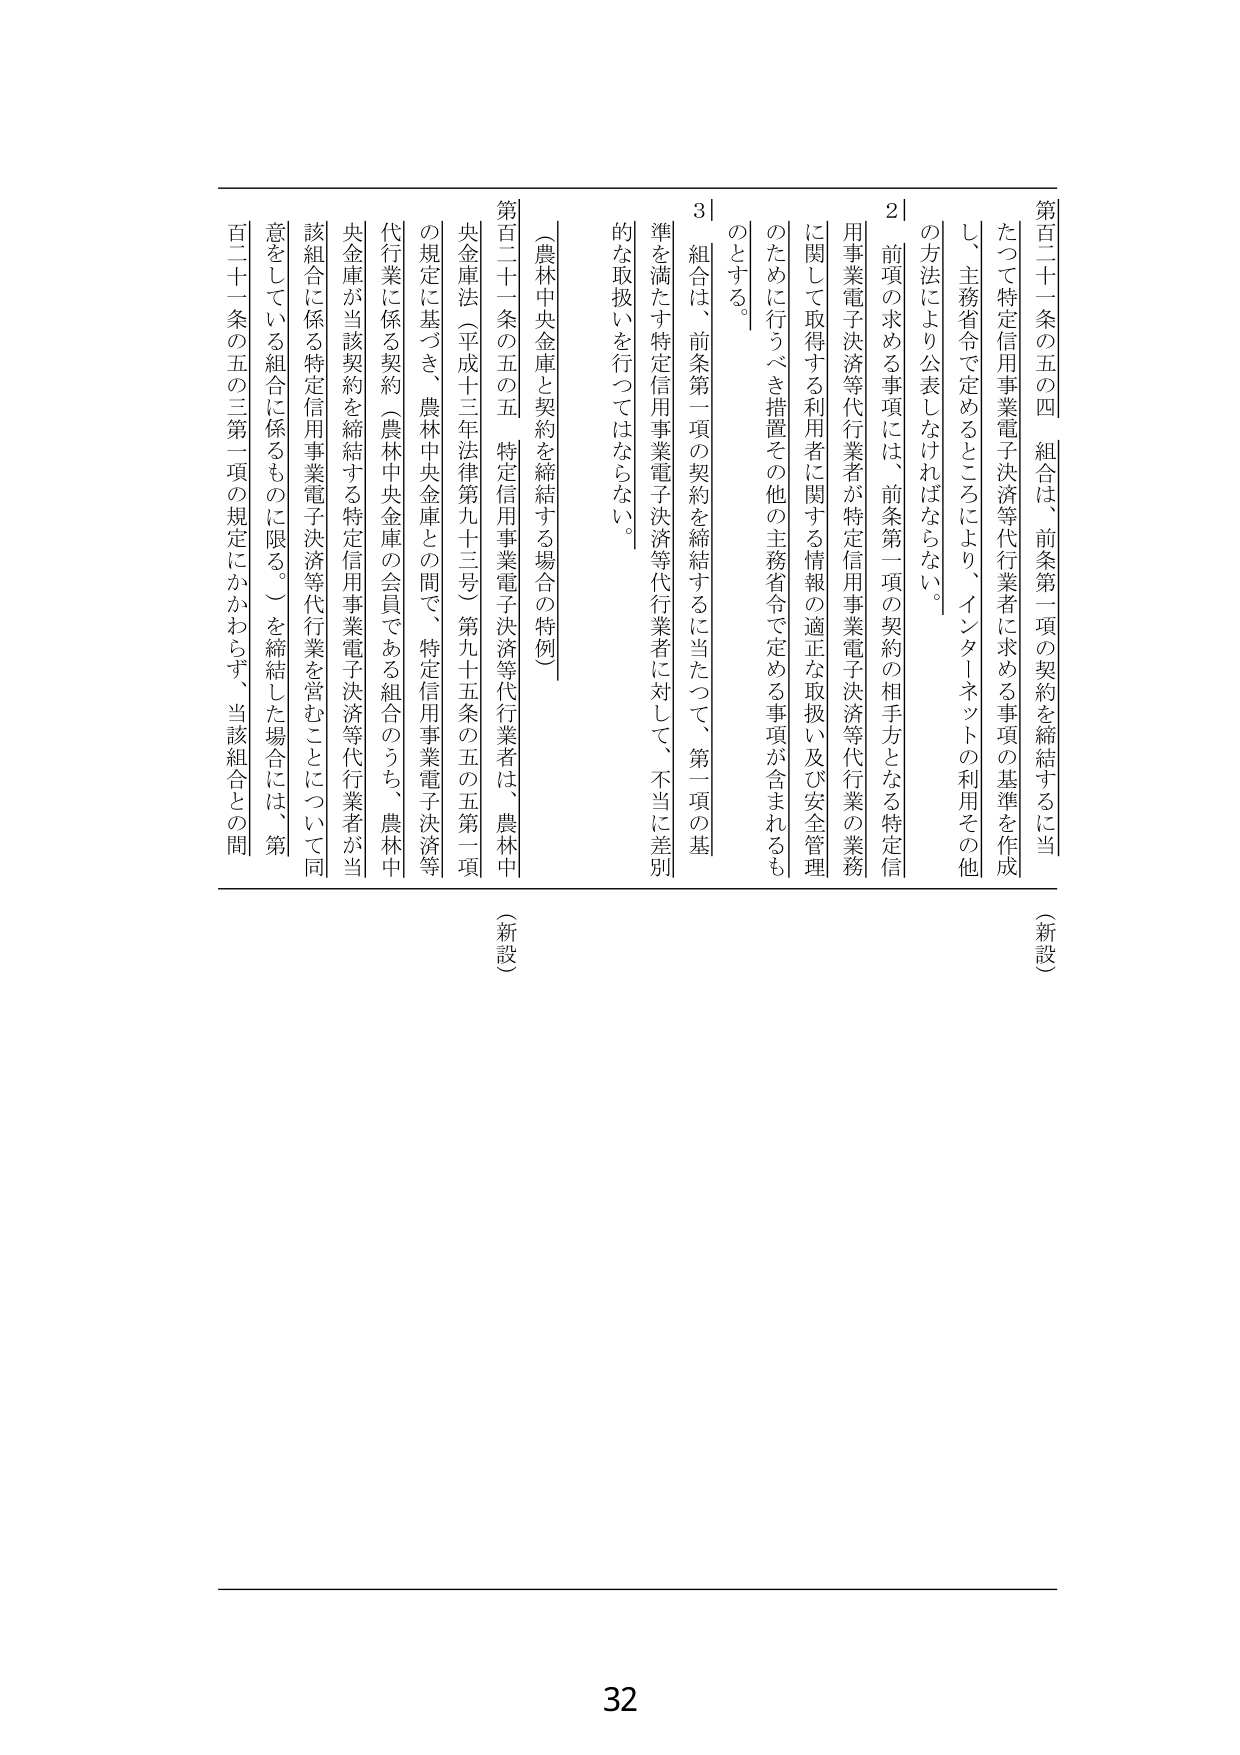
第百二十一条の五の四 組合は、前条第一項の契約を締結するに当たって特定信用事業電子決済等代行業者に求める事項の基準を作成し、主務省令で定めるところにより、インターネットの利用その他の方法により公表しなければならない。

２ 前項の求める事項には、前条第一項の契約の相手方となる特定信用事業電子決済等代行業者が特定信用事業電子決済等代行業の業務に関して取得する利用者に関する情報の適正な取扱い及び安全管理のために行うべき措置その他主務省令で定める事項が含まれるものとする。

３ 組合は、前条第一項の契約を締結するに当たって、第一項の基準を満たす特定信用事業電子決済等代行業者に対して、不当に差別的な取扱いを行ってはならない。

（農林中央金庫と契約を締結する場合の特例）

第百二十一条の五の五 特定信用事業電子決済等代行業者は、農林中央金庫法（平成十三年法律第九十三号）第九十五条の五の五第一項の規定に基づき、農林中央金庫との間で、特定信用事業電子決済等代行業に係る契約（農林中央金庫の会員である組合のうち、農林中央金庫が当該契約を締結する特定信用事業電子決済等代行業者が当該組合に係る特定信用事業電子決済等代行業を営むことについて同意をしている組合に係るものに限る。）を締結した場合には、第百二十一条の五の三第一項の規定にかかわらず、当該組合との間

（新設）
（新設）

32